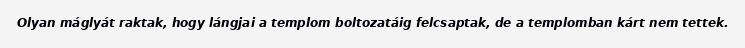
Olyan máglyát raktak, hogy lángjai a templom boltozatáig felcsaptak, de a templomban kárt nem tettek.